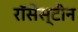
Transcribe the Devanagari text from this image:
रॉसेंस्टीन